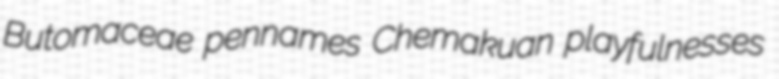
Butomaceae pennames Chemakuan playfulnesses